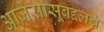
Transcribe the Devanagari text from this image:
आजेसासूबद्दलचे